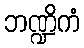
ဘဏ္ဍိကံ